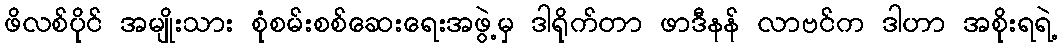
ဖိလစ်ပိုင် အမျိုးသား စုံစမ်းစစ်ဆေးရေးအဖွဲ့မှ ဒါရိုက်တာ ဖာဒီနန် လာဗင်က ဒါဟာ အစိုးရရဲ့